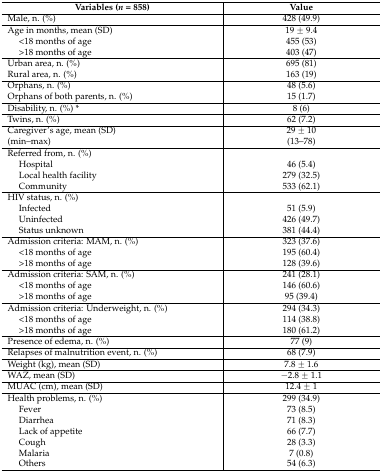
<table><thead><tr><td><b>Variables (<i>n</i> = 858)</b></td><td><b>Value</b></td></tr></thead><tbody><tr><td>Male, n. (%)</td><td>428 (49.9)</td></tr><tr><td>Age in months, mean (SD)</td><td>19 ± 9.4</td></tr><tr><td>&lt;18 months of age</td><td>455 (53)</td></tr><tr><td>&gt;18 months of age</td><td>403 (47)</td></tr><tr><td>Urban area, n. (%)</td><td>695 (81)</td></tr><tr><td>Rural area, n. (%)</td><td>163 (19)</td></tr><tr><td>Orphans, n. (%)</td><td>48 (5.6)</td></tr><tr><td>Orphans of both parents, n. (%)</td><td>15 (1.7)</td></tr><tr><td>Disability, n. (%) *</td><td>8 (6)</td></tr><tr><td>Twins, n. (%)</td><td>62 (7.2)</td></tr><tr><td>Caregiver’s age, mean (SD)</td><td>29 ± 10</td></tr><tr><td>(min–max)</td><td>(13–78)</td></tr><tr><td>Referred from, n. (%)</td><td></td></tr><tr><td>Hospital</td><td>46 (5.4)</td></tr><tr><td>Local health facility</td><td>279 (32.5)</td></tr><tr><td>Community</td><td>533 (62.1)</td></tr><tr><td>HIV status, n. (%)</td><td></td></tr><tr><td>Infected</td><td>51 (5.9)</td></tr><tr><td>Uninfected</td><td>426 (49.7)</td></tr><tr><td>Status unknown</td><td>381 (44.4)</td></tr><tr><td>Admission criteria: MAM, n. (%)</td><td>323 (37.6)</td></tr><tr><td>&lt;18 months of age</td><td>195 (60.4)</td></tr><tr><td>&gt;18 months of age</td><td>128 (39.6)</td></tr><tr><td>Admission criteria: SAM, n. (%)</td><td>241 (28.1)</td></tr><tr><td>&lt;18 months of age</td><td>146 (60.6)</td></tr><tr><td>&gt;18 months of age</td><td>95 (39.4)</td></tr><tr><td>Admission criteria: Underweight, n. (%)</td><td>294 (34.3)</td></tr><tr><td>&lt;18 months of age</td><td>114 (38.8)</td></tr><tr><td>&gt;18 months of age</td><td>180 (61.2)</td></tr><tr><td>Presence of edema, n. (%)</td><td>77 (9)</td></tr><tr><td>Relapses of malnutrition event, n. (%)</td><td>68 (7.9)</td></tr><tr><td>Weight (kg), mean (SD)</td><td>7.8 ± 1.6</td></tr><tr><td>WAZ, mean (SD)</td><td>−2.8 ± 1.1</td></tr><tr><td>MUAC (cm), mean (SD)</td><td>12.4 ± 1</td></tr><tr><td>Health problems, n. (%)</td><td>299 (34.9)</td></tr><tr><td>Fever</td><td>73 (8.5)</td></tr><tr><td>Diarrhea</td><td>71 (8.3)</td></tr><tr><td>Lack of appetite</td><td>66 (7.7)</td></tr><tr><td>Cough</td><td>28 (3.3)</td></tr><tr><td>Malaria</td><td>7 (0.8)</td></tr><tr><td>Others</td><td>54 (6.3)</td></tr></tbody></table>